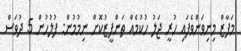
މަފާޒް މިނިވަންވެފައި ހުރީ ޖަލު ހުކުމެއް ތަންފީޒުކޮށް ނިމުމުން: ފުލުހުން 5 ދުވަސް